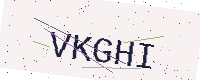
Text: VKGHI